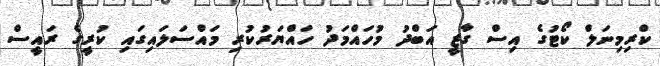
ކްރިމިނަލް ކޯޓުގެ އިސް ގާޒީ އަބްދު މުހައްމަދު ހައްޔަރުކުރި މައްސަލައިގައި ކުރީގެ ރައީސް